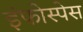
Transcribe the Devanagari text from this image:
इंफोस्पेस